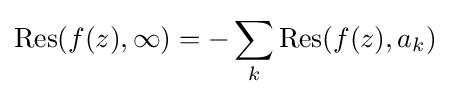
\operatorname {Res} (f(z),\infty )=-\sum _{k}\operatorname {Res} (f(z),a_{k})